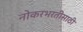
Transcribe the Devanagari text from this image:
नोकरभरतीसाठी